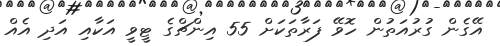
އޭގެން ގުރުއަތުން ހޮވޭ ފަރާތަކަށް 55 އިންޗްގެ ޓީވީ އަކާއި އަދި އެއް